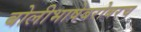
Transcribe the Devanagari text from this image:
बोलीभाषेबरोबरच